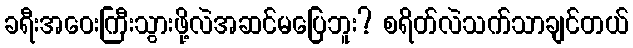
ခရီးအဝေးကြီးသွားဖို့လဲအဆင်မပြေဘူး? စရိတ်လဲသက်သာချင်တယ်